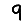
Digit: 9